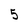
Character: 5